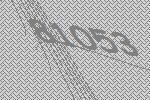
81053